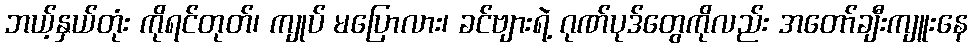
ဘယ့်နှယ်တုံး ကိုရင်တုတ်၊ ကျုပ် မပြောလား၊ ခင်ဗျားရဲ့ ဂုဏ်ပုဒ်တွေကိုလည်း အတော်ချီးကျူးနေ